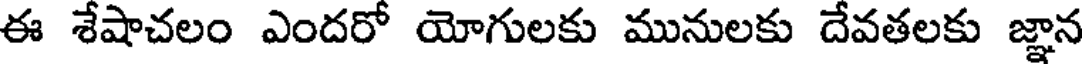
ఈ శేషాచలం ఎందరో యోగులకు మునులకు దేవతలకు జ్ఞాన